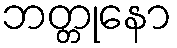
ဘတ္တုနော